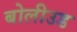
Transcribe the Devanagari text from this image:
बोलीउड